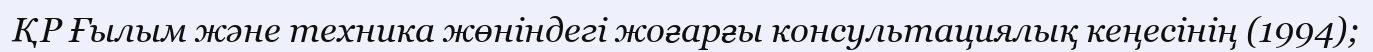
ҚР Ғылым және техника жөніндегі жоғарғы консультациялық кеңесінің (1994);